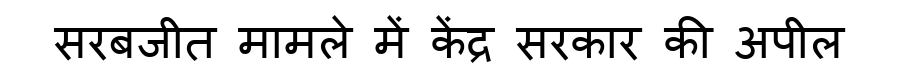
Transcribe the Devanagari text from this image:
सरबजीत मामले में केंद्र सरकार की अपील